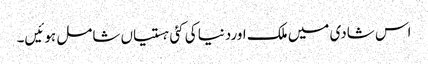
اس شادی میں ملک اوردنیا کی کئی ہستیاں شامل ہوئیں۔